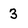
Character: 3